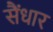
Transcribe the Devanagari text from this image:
सैंधार